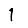
Digit: 1